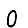
Digit: 0